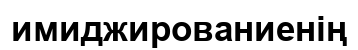
имиджированиенің